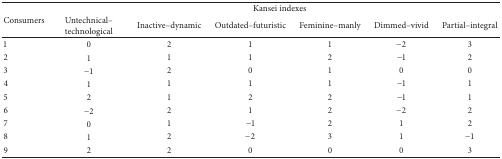
<table><thead><tr><td rowspan="2"><b> Consumers</b></td><td colspan="6"><b> Kansei indexes</b></td></tr><tr><td><b>Untechnical–technological</b></td><td><b>Inactive–dynamic</b></td><td><b>Outdated–futuristic</b></td><td><b>Feminine–manly</b></td><td><b>Dimmed–vivid</b></td><td><b>Partial–integral</b></td></tr></thead><tbody><tr><td>1</td><td>0</td><td>2</td><td>1</td><td>1</td><td>−2</td><td>3</td></tr><tr><td>2</td><td>1</td><td>1</td><td>1</td><td>2</td><td>−1</td><td>2</td></tr><tr><td>3</td><td>−1</td><td>2</td><td>0</td><td>1</td><td>0</td><td>0</td></tr><tr><td>4</td><td>1</td><td>1</td><td>1</td><td>1</td><td>−1</td><td>1</td></tr><tr><td>5</td><td>2</td><td>1</td><td>2</td><td>2</td><td>−1</td><td>1</td></tr><tr><td>6</td><td>−2</td><td>2</td><td>1</td><td>2</td><td>−2</td><td>2</td></tr><tr><td>7</td><td>0</td><td>1</td><td>−1</td><td>2</td><td>1</td><td>2</td></tr><tr><td>8</td><td>1</td><td>2</td><td>−2</td><td>3</td><td>1</td><td>−1</td></tr><tr><td>9</td><td>2</td><td>2</td><td>0</td><td>0</td><td>0</td><td>3</td></tr></tbody></table>